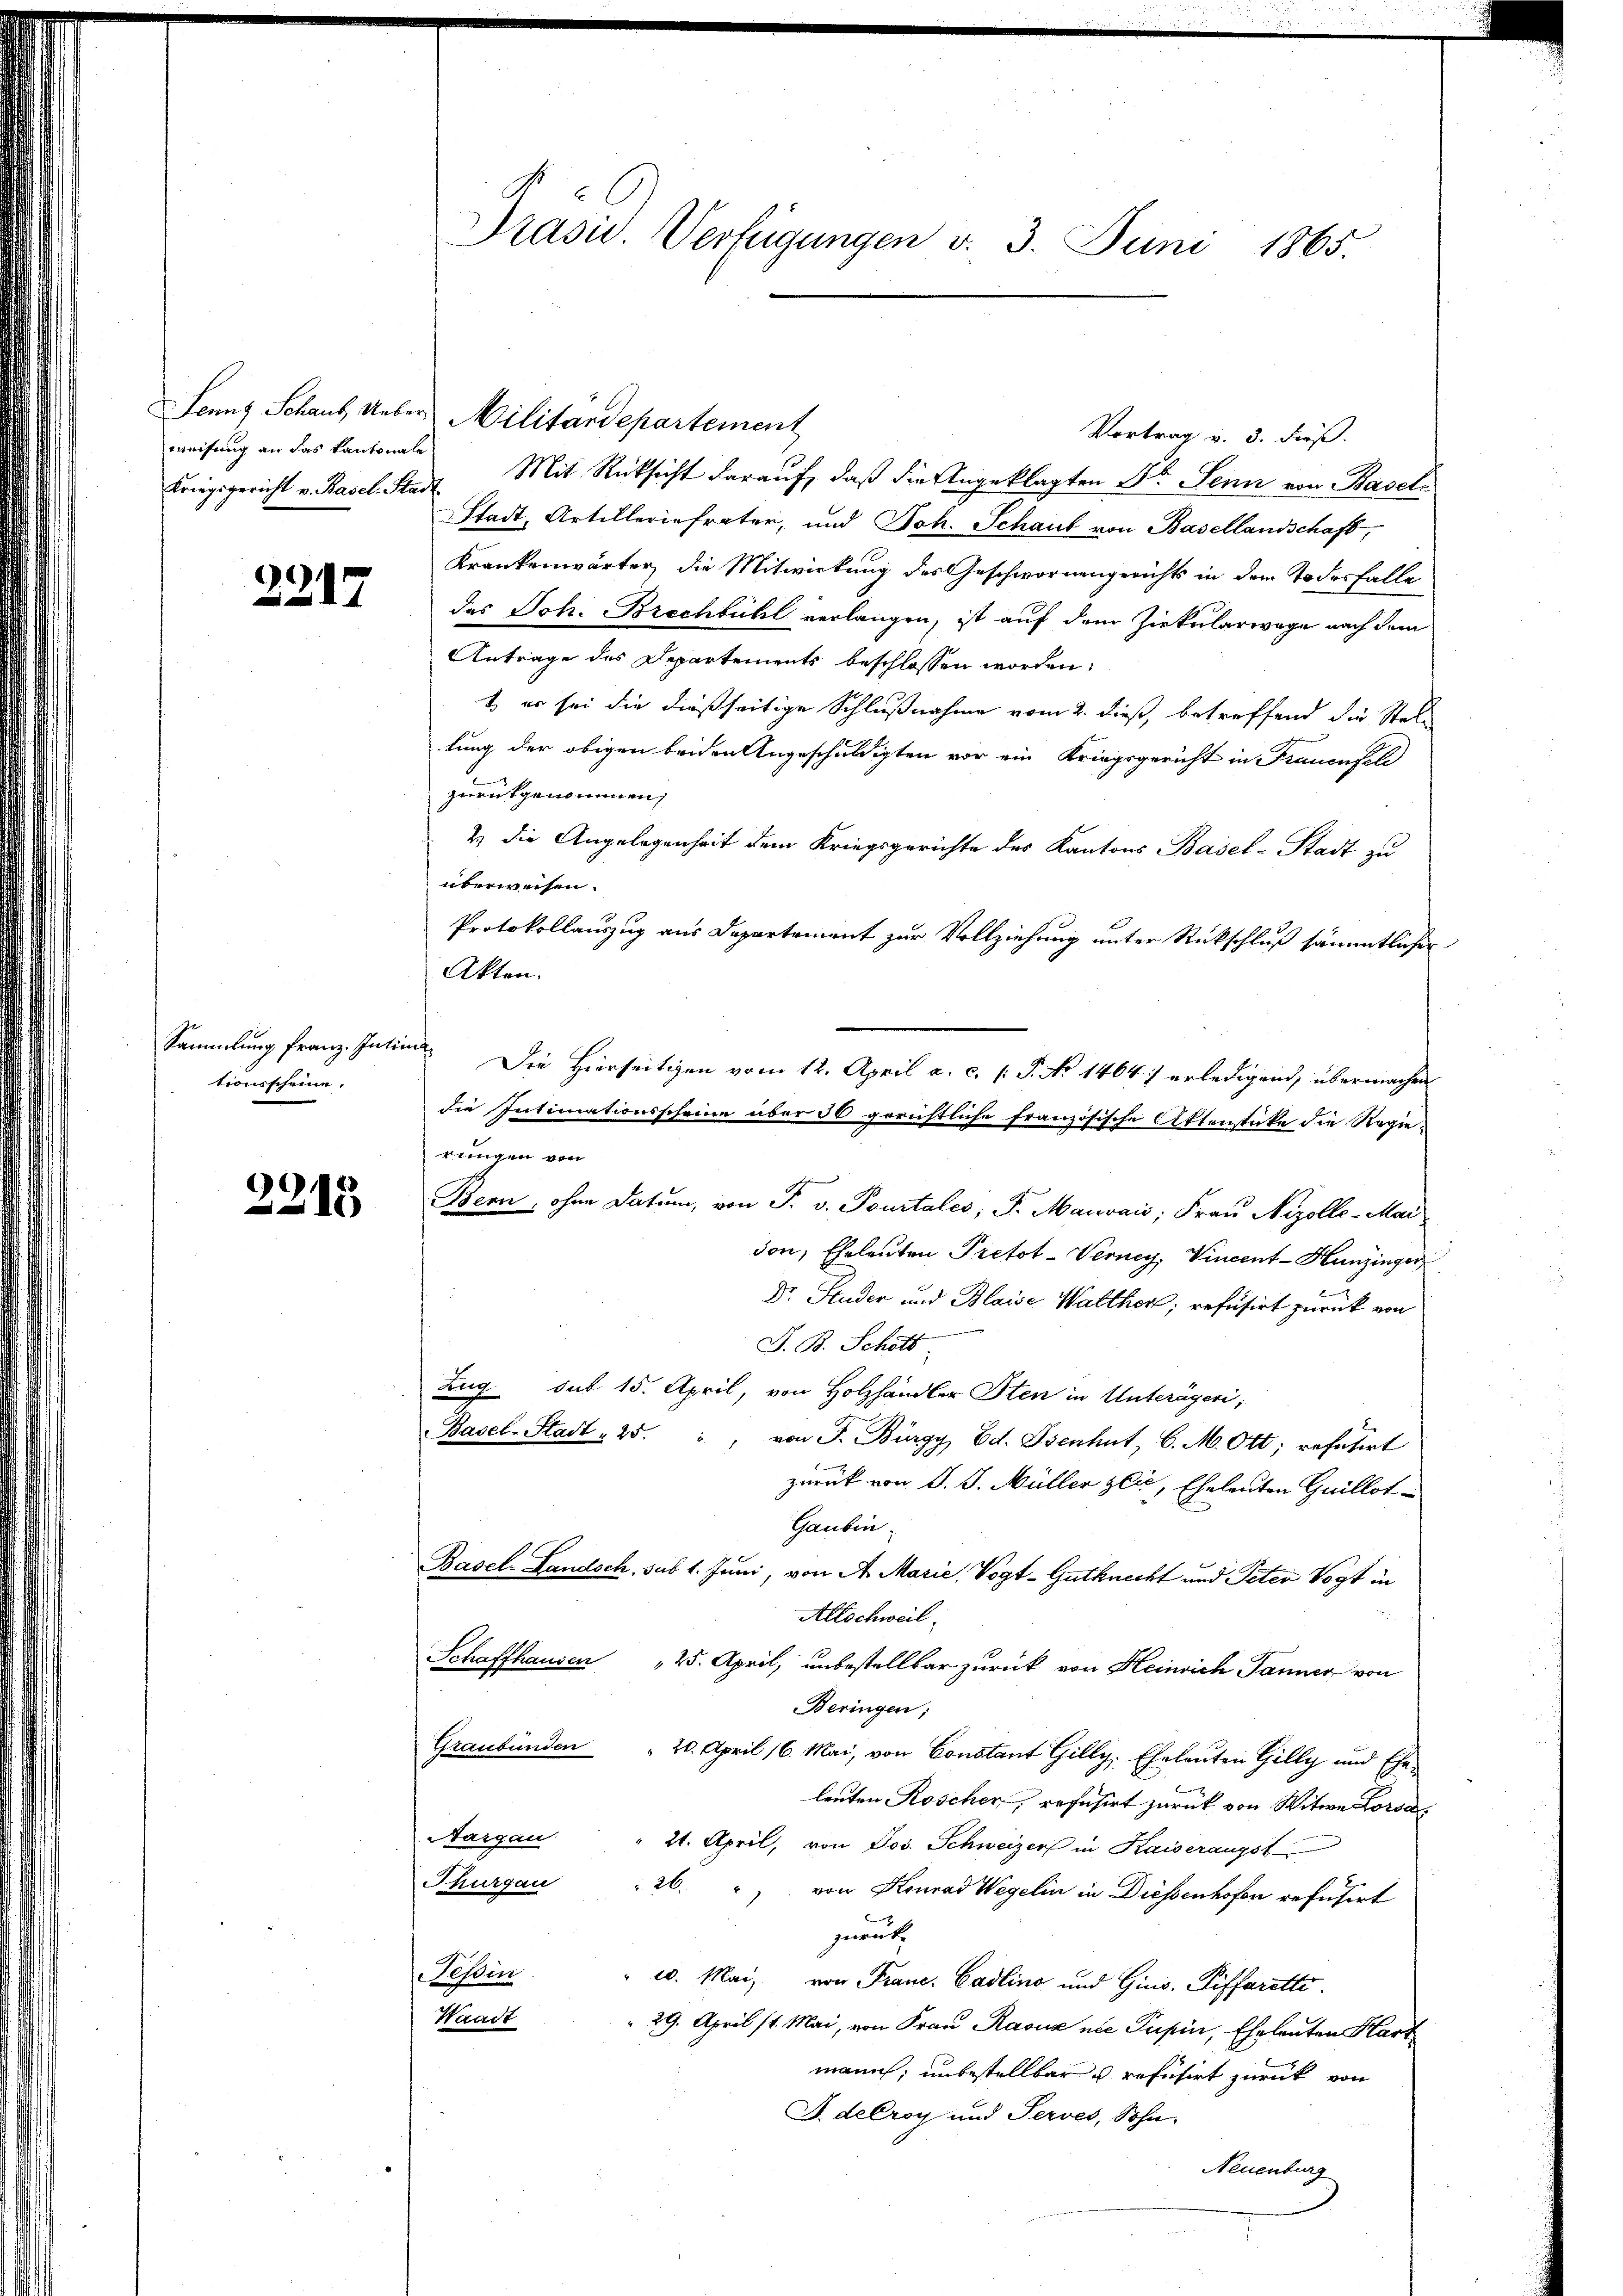
weisung an das Kantonale

2217

Sammlung franz. Intin
tionsscheine.

2215

Präsid. Verfügungen v. 3. Juni 1865.

Senns Schaut, Ueber Militärdepartement
Vortrag v. 3. dieß.
Kriegsgericht v. Basel Stadt Mit Rücksicht darauf, daß die Angeklagten Dr. Senn von Basel
Stadt, Artillerie frater, und Joh. Schaut von Basellandschaft,
Krankenwärter, die Mitwirkung des Geschwornengerichts in dem Todesfalle
das Joh. Brechbühl verlangen, ist auf dem Zirkularwege nach dem
Antrage des Departements beschlossen worden:
t er sei die dießseitige Schlußnahme vom 2. dieß, betreffend die Stellung der obigen beiden Angeschuldigten vor ein Kriegsgericht in Frauenfeld
zurückgenommen,
& die Angelegenheit dem Kriegsgerichte des Kantons Basel-Stadt zu
überweisen.
Protokollauszug aus Departement zur Vollziehung unter Rückschluß sämmtlicher
Akten.
 Die Hierseitigen vom 12. April a. c. v. P. No 1464 erledigend, übermachen
die Intimationsscheine über 30 gerichtliche französische Aktenstüke die Regierungen von
Bern, ohne Datum, von P. v. Pourtales, S. Mauvais; Frau Nizolle-Mai
don, Eheleuten Pretot-Verney, Vincent - Hunzinger
Dr. Studer und Blaise Walther, refusirt zurück von
S. B. Schott
Zug sub 15. April, von Holzhändler Sten in Unterägeri,
Basel-Stadt = 25.
von J. Bürgy, Ed. Osenhut, C. M. Ott; refutirt
zurück von J. J. Müller geis, Eheleuten Guillot¬
Gaubin¬
Basel. Landsch, sub 1. Juni, von A. Marie, Vogt-Gutknecht und Peter Vogt in
Allschweil.
Schaffhausen " 25. April, unbestellbar zurück von Heinrich Tanner von
Beringen;
Graubünden " 20. April 16. Mai, von Constant Gilly, Eheleuten Gilly und Ehe-
leuten Roscher, refusirt zurück von Witwe Lorsa
Aargau " 21. April, von Jos. Schweizer in Kaiseraugst
Thurgau 26. " von Konrad Wegelin in Diessenhofen refusirt
zuruk,
essin
" u. Mai, von Franc, Cadlino und Gins. Piffarette.
Waadt
 29. April 11. Mai, von Frau Raoux nie Pupin, Eheleuten Hart
mann; unbestellbar u refusirt zurück von
J. decroy und Serves, Sohn
Neuenburg